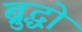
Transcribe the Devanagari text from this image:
ब्रुद्धो